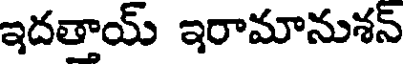
ఇదతాయ్ ఇరామానుశన్